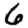
Digit: 6